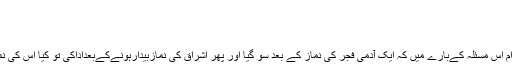
‏نومبر 09، 2017 #1
اعظم بنارسی مبتدی
‏جولائی 23، 2017
کیا فرماتے ہیں علماء کرام اس مسئلہ کےبارے میں کہ ایک آدمی فجر کی نماز کے بعد سو گیا اور پھر اشراق کی نمازبیدارہونےکےبعداداکی تو کیا اس کی نماز اشراق اداہوجائےگی ؟